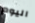
اليوم